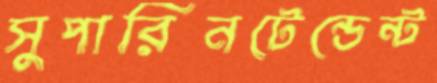
সুপারিনটেন্ডেন্ট